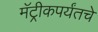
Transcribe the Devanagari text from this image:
मॅट्रीकपर्यंतचे